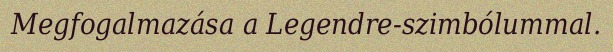
Megfogalmazása a Legendre-szimbólummal.